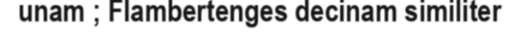
unam ; Flambertenges decinam similiter